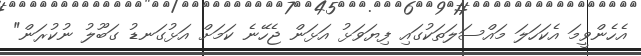
އެހެންވީމަ އެކަހަލަ މައްސަލަތަކުގައި ފިޔަވަޅު އަޅަން ޖެހޭނެ ކަމަށް އަޅުގަނޑު ގަބޫލު ނުކުރަން"